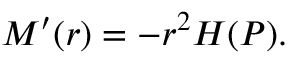
M ^ { \prime } ( r ) = - r ^ { 2 } { \cal H } ( P ) .